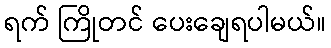
ရက် ကြိုတင် ပေးချေရပါမယ်။